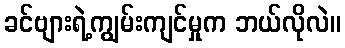
ခင်ဗျားရဲ့ကျွမ်းကျင်မှုက ဘယ်လိုလဲ။